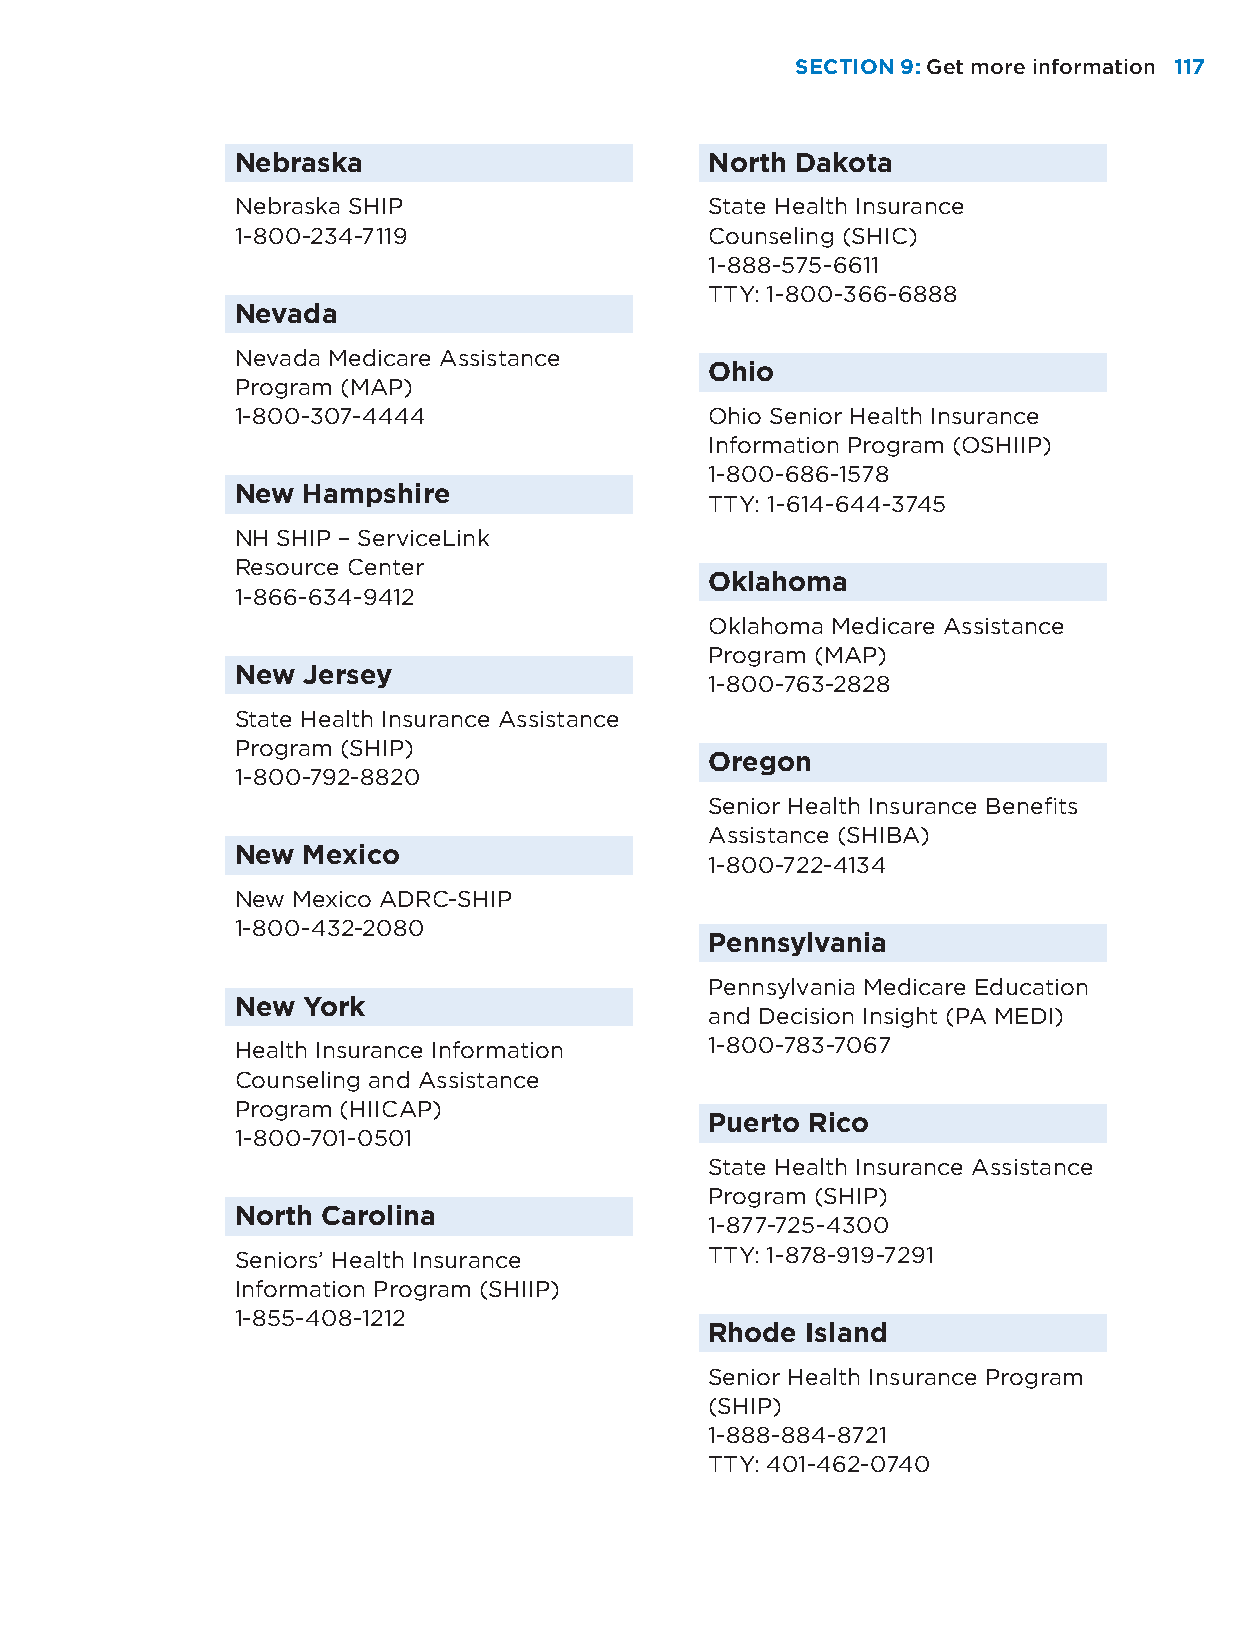
SECTION 9: Get more information 117
 Nebraska                       North Dakota
 Nebraska SHIP                  State Health Insurance
 1-800-234-7119                 Counseling (SHIC)
 1-888-575-6611
 TTY: 1-800-366-6888
 Nevada
 Nevada Medicare Assistance
 Ohio
 Program (MAP)
 1-800-307-4444                 Ohio Senior Health Insurance
 Information Program (OSHIIP)
 1-800-686-1578
 New Hampshire
 TTY: 1-614-644-3745
 NH SHIP – ServiceLink
 Resource Center
 Oklahoma
 1-866-634-9412
 Oklahoma Medicare Assistance
 Program (MAP)
 New Jersey
 1-800-763-2828
 State Health Insurance Assistance
 Program (SHIP)
 Oregon
 1-800-792-8820
 Senior Health Insurance Benefits
 Assistance (SHIBA)
 New Mexico
 1-800-722-4134
 New Mexico ADRC-SHIP
 1-800-432-2080
 Pennsylvania
 Pennsylvania Medicare Education
 New York
 and Decision Insight (PA MEDI)
 Health Insurance Information   1-800-783-7067
 Counseling and Assistance
 Program (HIICAP)
 Puerto Rico
 1-800-701-0501
 State Health Insurance Assistance
 Program (SHIP)
 North Carolina
 1-877-725-4300
 Seniors’ Health Insurance      TTY: 1-878-919-7291
 Information Program (SHIIP)
 1-855-408-1212
 Rhode Island
 Senior Health Insurance Program
 (SHIP)
 1-888-884-8721
 TTY: 401-462-0740